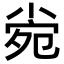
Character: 𡮄